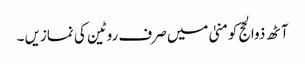
آٹھ ذوالحج کومنیٰ میں صرف روٹین کی نمازیں ۔